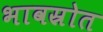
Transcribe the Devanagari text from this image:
भावस्रोत